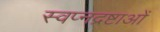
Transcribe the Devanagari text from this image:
स्वप्नद्रष्टाओं